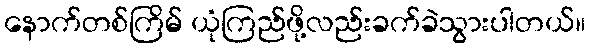
နောက်တစ်ကြိမ် ယုံကြည်ဖို့လည်းခက်ခဲသွားပါတယ်။